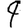
Digit: 9